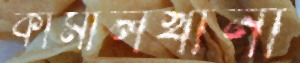
কামালখানী